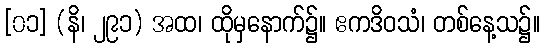
[၀၁] (နိ၊ ၂၉၁) အထ၊ ထိုမှနောက်၌။ ဧကဒိဝသံ၊ တစ်နေ့သ၌။